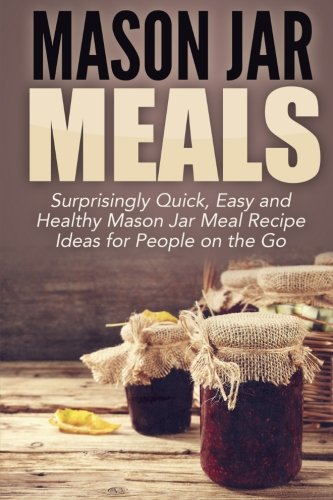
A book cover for Mason Jar Meals: Surprisingly Quick, Easy and Healthy Mason Jar Meal Recipe Ideas for People on the Go (mason jar, mason jar recipes, mason jar ... jar meals, mason jar salads ) (Volume 1); Jessica Jacobs; Cookbooks, Food & Wine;